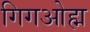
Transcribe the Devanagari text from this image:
गिगओह्म